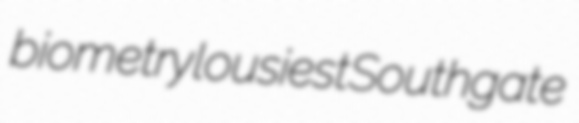
biometry lousiest Southgate